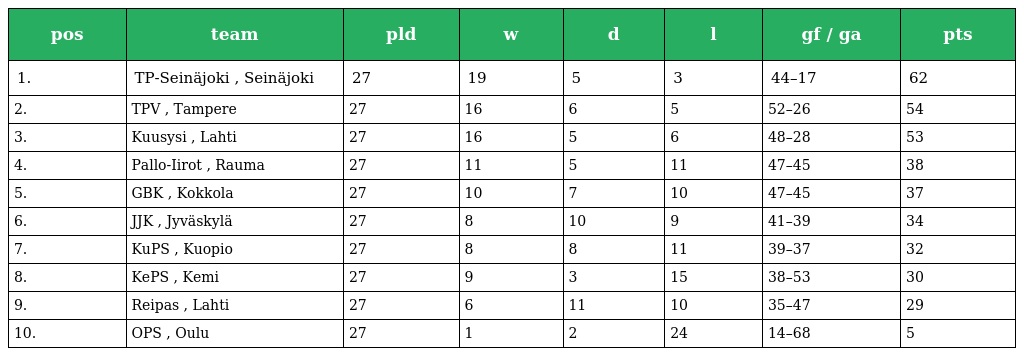
| pos | team | pld | w | d | l | gf / ga | pts |
 | --- | --- | --- | --- | --- | --- | --- | --- |
 | 1. | TP-Seinäjoki , Seinäjoki | 27 | 19 | 5 | 3 | 44–17 | 62 |
 | 2. | TPV , Tampere | 27 | 16 | 6 | 5 | 52–26 | 54 |
 | 3. | Kuusysi , Lahti | 27 | 16 | 5 | 6 | 48–28 | 53 |
 | 4. | Pallo-Iirot , Rauma | 27 | 11 | 5 | 11 | 47–45 | 38 |
 | 5. | GBK , Kokkola | 27 | 10 | 7 | 10 | 47–45 | 37 |
 | 6. | JJK , Jyväskylä | 27 | 8 | 10 | 9 | 41–39 | 34 |
 | 7. | KuPS , Kuopio | 27 | 8 | 8 | 11 | 39–37 | 32 |
 | 8. | KePS , Kemi | 27 | 9 | 3 | 15 | 38–53 | 30 |
 | 9. | Reipas , Lahti | 27 | 6 | 11 | 10 | 35–47 | 29 |
 | 10. | OPS , Oulu | 27 | 1 | 2 | 24 | 14–68 | 5 |